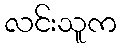
လင်းသူက